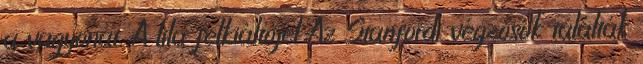
a vagyonát. A lila felkiáltójel Az Stanfordi végzősök találták